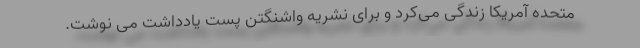
متحده آمریکا زندگی می‌کرد و برای نشریه واشنگتن پست یادداشت می نوشت.